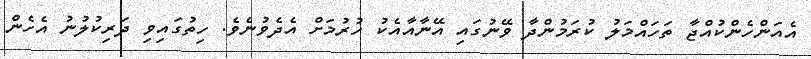
އެއަންހެންކުއްޖާ ތަހައްމަލު ކުރަމުންދާ ވޭނުގައި އޭނާއާއެކު ހުރުމަށް އެދެވުނެވެ. ހިތުގައިވި ދަރިކުލުނު އެހެން